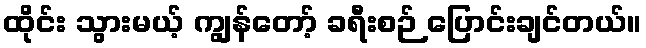
ထိုင်း သွားမယ့် ကျွန်တော့် ခရီးစဉ် ပြောင်းချင်တယ်။